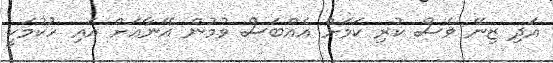
އަދި ޒިނޭ ވެސް ކުރި ކަމަށް އެއްބަސް ވުމުން އޭނާއަށް އައި ހުކުމަކީ